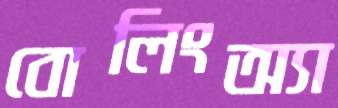
বোলিংঅ্যা